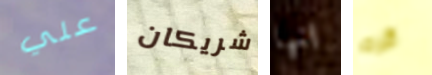
علي شريكان انها كره